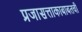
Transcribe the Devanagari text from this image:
प्रजासत्ताकाबाबतची